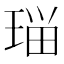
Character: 𭹗